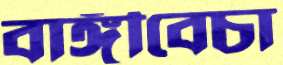
বাঙ্গীবেচা